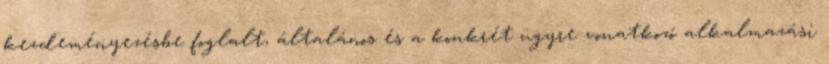
kezdeményezésbe foglalt, általános és a konkrét ügyre vonatkozó alkalmazási